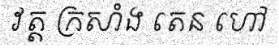
វត្ត ក្រសាំង តេន ហៅ